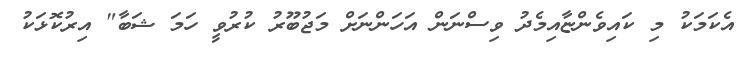
އެކަމަކު މި ކައިވެންޏާއިމެދު ވިސްނަން އަހަންނަށް މަޖުބޫރު ކުރުވީ ހަމަ ޝަބާ" އިރުކޮޅަކު